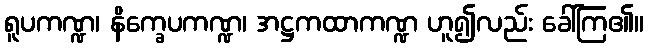
ရူပကဏ္ဍ၊ နိက္ခေပကဏ္ဍ၊ အဋ္ဌကထာကဏ္ဍ ဟူ၍လည်း ခေါ်ကြ၏။